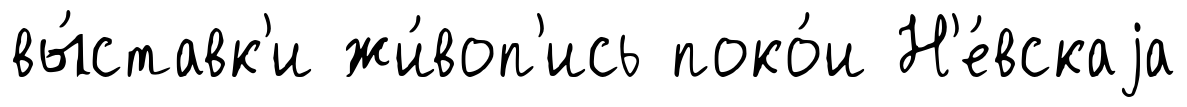
вы́ставк'и жи́воп'ись поко́и Н'е́вскаjа